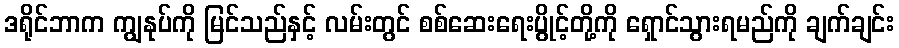
ဒရိုင်ဘာက ကျွနုပ်ကို မြင်သည်နှင့် လမ်းတွင် စစ်ဆေးရေးပွိုင့်တို့ကို ရှောင်သွားရမည်ကို ချက်ချင်း